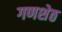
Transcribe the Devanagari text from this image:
गणशेठ